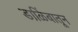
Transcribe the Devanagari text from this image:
डाळिंबातून